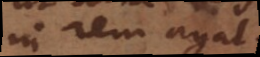
in rem agat.